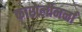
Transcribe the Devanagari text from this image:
कारोलीनर्ना